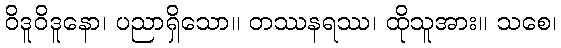
ဝိဒူဝိဒူနော၊ ပညာရှိသော။ တဿနရဿ၊ ထိုသူအား။ သစေ၊